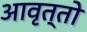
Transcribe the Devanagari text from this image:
आवृत्तो